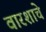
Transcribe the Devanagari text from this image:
वारशाचे